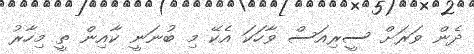
ދެން ވަރަށް ސީރިއަސް ވާހަކަ އެކޭ މި ބުނަނީ ކާއިން ތީ މިހާރު